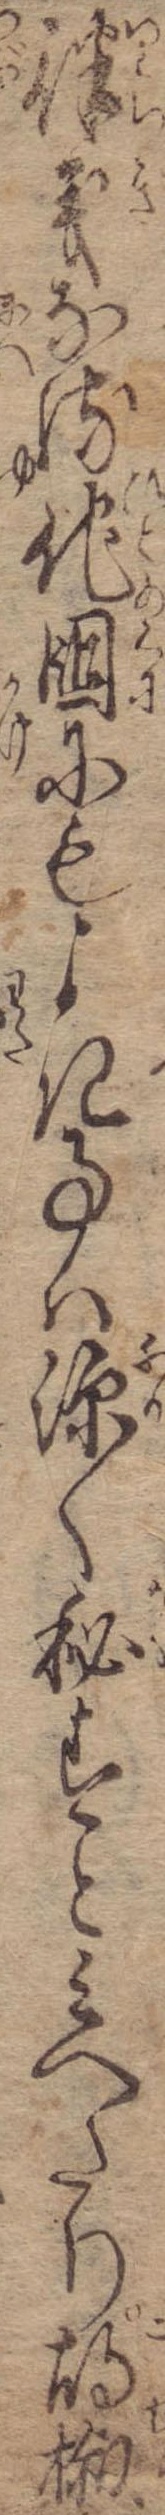
律義なる他国にもよき事は深く秘すとみへたり胡椒